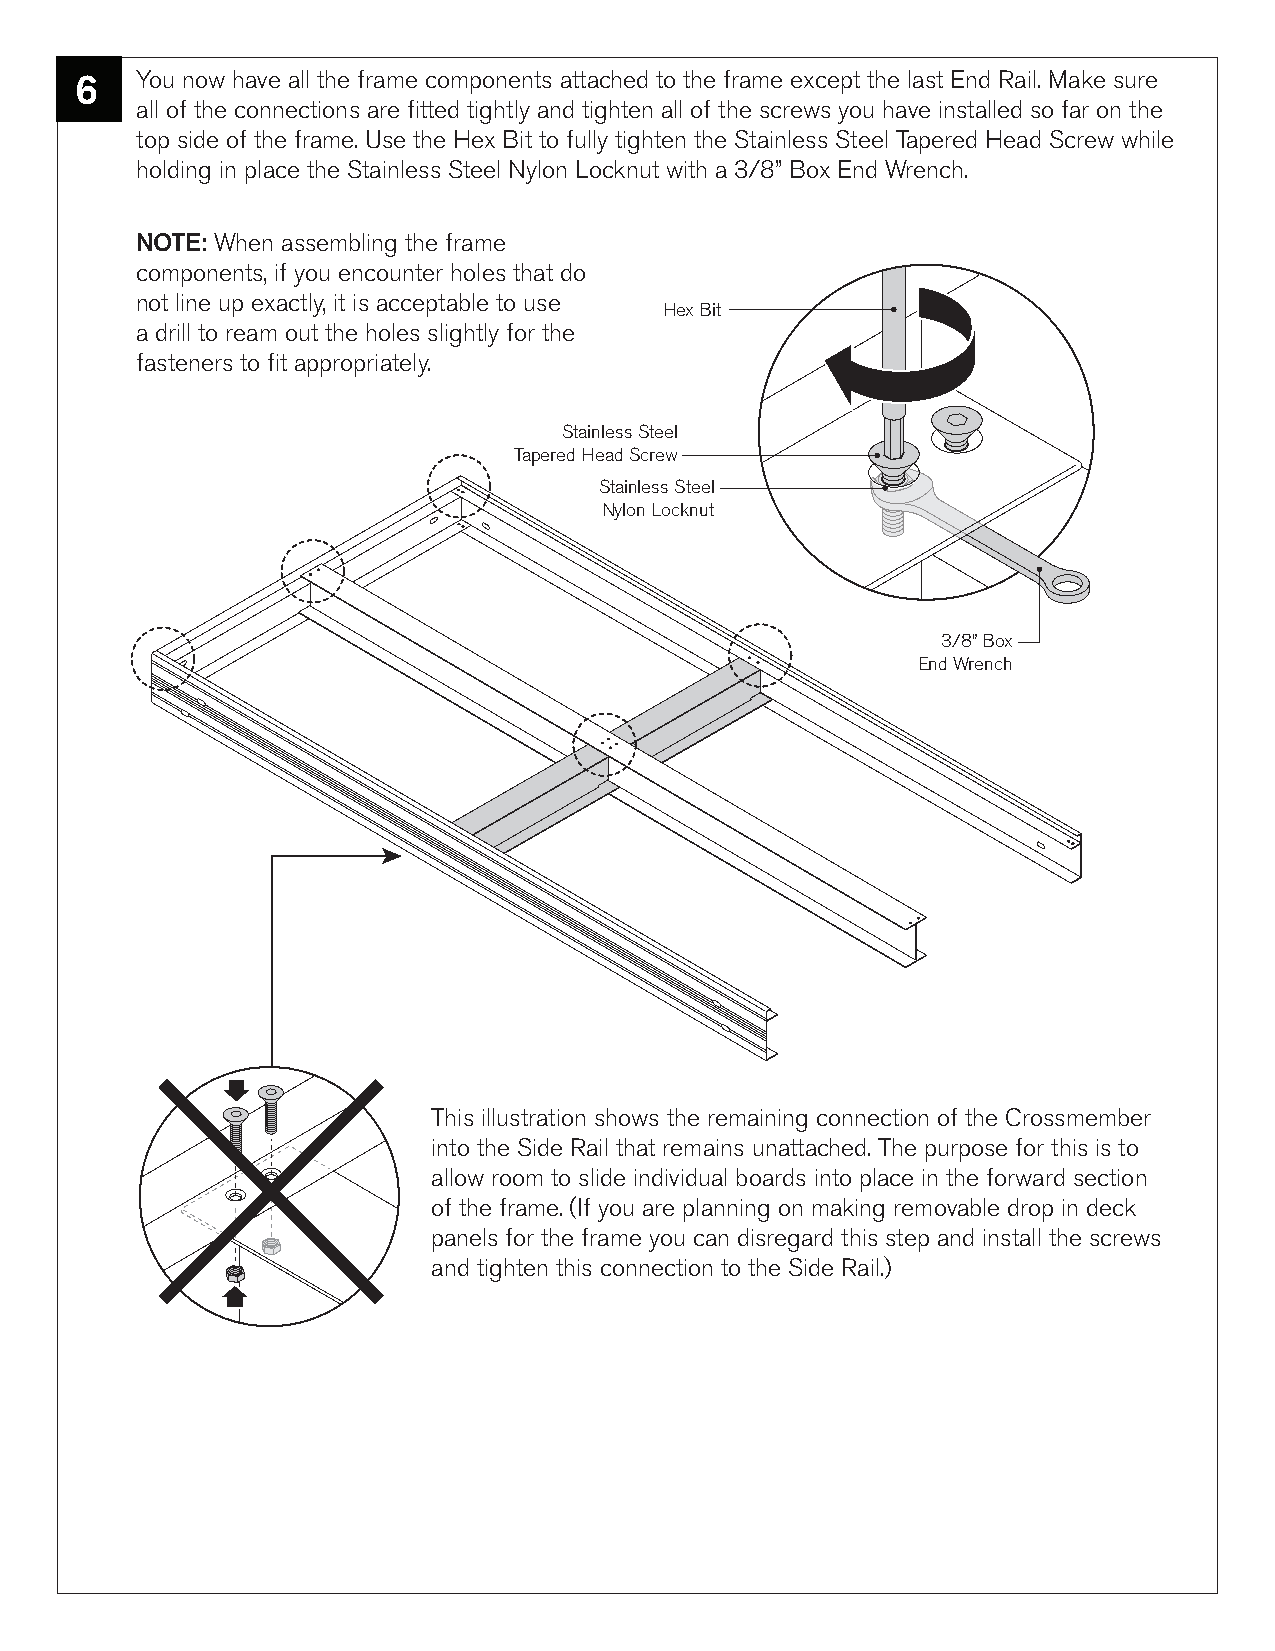
6   You now have all the frame components attached to the frame except the last End Rail. Make sure
 all of the connections are fitted tightly and tighten all of the screws you have installed so far on the
 top side of the frame. Use the Hex Bit to fully tighten the Stainless Steel Tapered Head Screw while
 holding in place the Stainless Steel Nylon Locknut with a 3/8” Box End Wrench.
 NOTE: When assembling the frame
 components, if you encounter holes that do
 not line up exactly, it is acceptable to use
 Hex Bit
 a drill to ream out the holes slightly for the
 fasteners to fit appropriately.
 Stainless Steel
 Tapered Head Screw
 Stainless Steel
 Nylon Locknut
 3/8” Box
 End Wrench
 This illustration shows the remaining connection of the Crossmember
 into the Side Rail that remains unattached. The purpose for this is to
 allow room to slide individual boards into place in the forward section
 of the frame. (If you are planning on making removable drop in deck
 panels for the frame you can disregard this step and install the screws
 and tighten this connection to the Side Rail.)